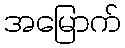
အမြောက်